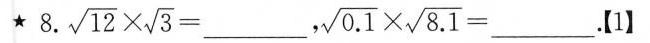
★8 $$\sqrt { 1 2 } \times \sqrt { 3 } = ___$$，$$ \sqrt { 0 . 1 } \times \sqrt { 8 . 1 } = ___$$.【1】